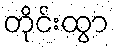
တိုင်းထွာ